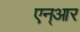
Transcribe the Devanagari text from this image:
एन्‌आर